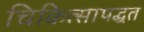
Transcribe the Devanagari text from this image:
चिकित्सापद्धत